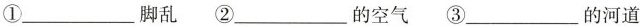
①___脚乱 ②___的空气 ③___的河道